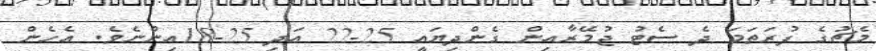
މެޗުގެ ފުރަތަމަ ދެ ސެޓު ޖުމޭރާއިން ގެންދިޔައީ 25-22 އަދި 25-18އިންނެވެ. އެހެން